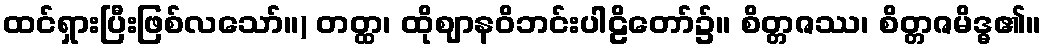
ထင်ရှားပြီးဖြစ်လသော်။) တတ္ထ၊ ထိုဈာနဝိဘင်းပါဠိတော်၌။ စိတ္တဇဿ၊ စိတ္တဇမိဒ္ဓ၏။